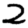
Digit: 2